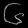
Digit: ၆